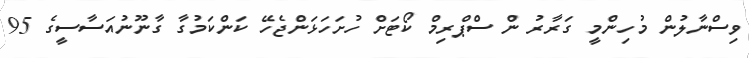
ވިސްނާލުން މުހިންމީ ގަރާރު ން ސްޕްރިމް ކޯޓަށް ހުށަހަޅަންޖެހޭ ކަންކަމުގާ ގާނޫނުއަސާސީގެ 95